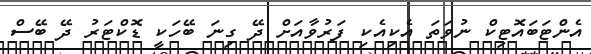
އެންޓަބައޮޓިކް ނުވަތަ އެކިއެކި ފަރުވާއަށް ދޭ ގިނަ ބޭހަކީ ޑޮކްޓަރު ދޭ ބޭސް